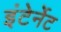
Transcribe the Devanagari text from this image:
इंटेर्नेट